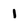
Character: 1